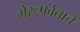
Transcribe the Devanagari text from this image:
मेरूपर्वताचे